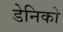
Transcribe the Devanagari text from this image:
डेनिको